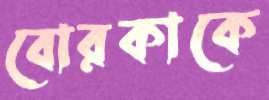
বোরকাকে